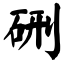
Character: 硎